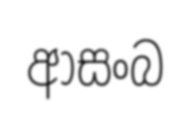
ආසංබ